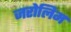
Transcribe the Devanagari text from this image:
जरोलिम